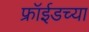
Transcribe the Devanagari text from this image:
फ्रॉईडच्या